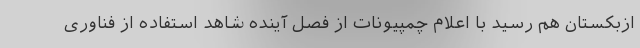
ازبکستان هم رسید با اعلام چمپیونات از فصل آینده شاهد استفاده از فناوری